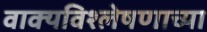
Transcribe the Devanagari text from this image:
वाक्यविश्लेषणाच्या